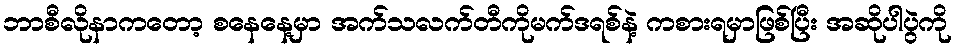
ဘာစီလိုနာကတော့ စနေနေ့မှာ အက်သလက်တီကိုမက်ဒရစ်နဲ့ ကစားရမှာဖြစ်ပြီး အဆိုပါပွဲကို